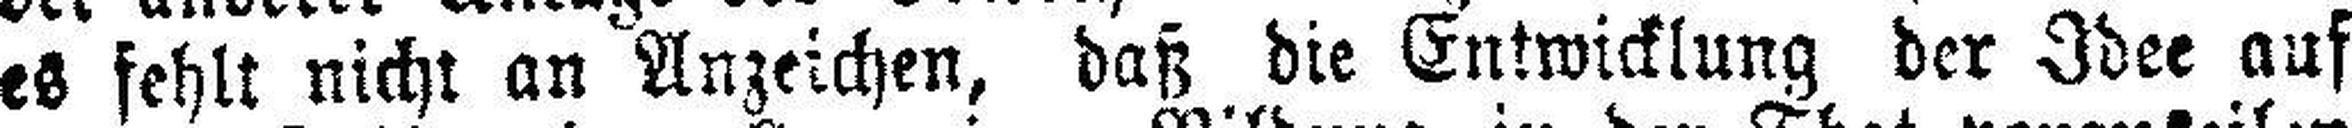
es fehlt nicht an Anzeichen, daß die Entwicklung der Idee auf